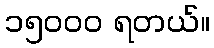
၁၅၀၀၀ ရတယ်။